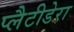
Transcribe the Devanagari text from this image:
प्लैटीडेरा